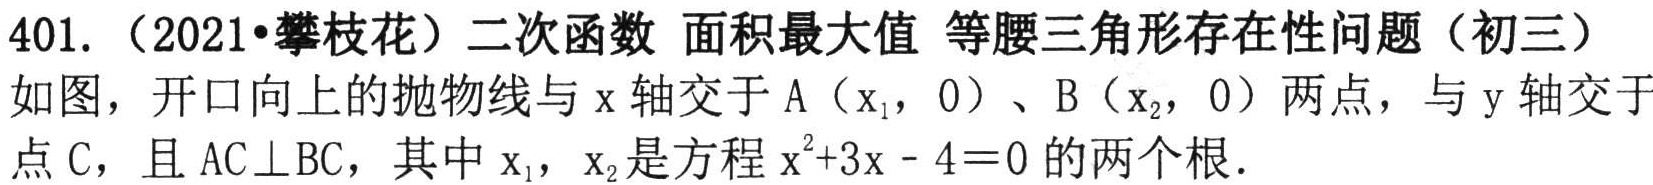
401.（2021•攀枝花）二次函数 面积最大值 等腰三角形存在性问题（初三）
如图，开口向上的抛物线与\(x\)轴交于\(A(x_{1},0)\)、\(B(x_{2},0)\)两点，与\(y\)轴交于点\(C\)，且\(AC\perp BC\)，其中\(x_{1}\)，\(x_{2}\)是方程\(x^{2}+3x - 4 = 0\)的两个根．